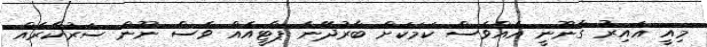
މިއީ ޣައިރު ގާނޫނީ އެއްވެސް ކަމަކަށް ބާރުދޭނެ ޕާޓީއެއް ވެސް ނޫން ސަރުކާރެއް